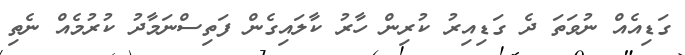
ގަޑިއެއް ނުވަތަ ދެ ގަޑިއިރު ކުރިން ހާރު ކާލައިގެން ފަތިސްނަމާދު ކުރުމެއް ނެތި